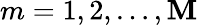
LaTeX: m=1,2,\ldots,\mathbf{M}